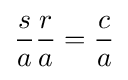
{\frac {s}{a}}{\frac {r}{a}}={\frac {c}{a}}